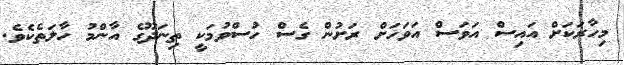
މިހާރަކަށް އައިސް އަވަސް އަވަހަށް ރަށުން ގެސް ހުސްވުމަކީ ތިނަދޫގެ އާންމު ހާލަތެކެވެ.